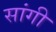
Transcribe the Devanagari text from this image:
सांगी